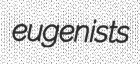
eugenists